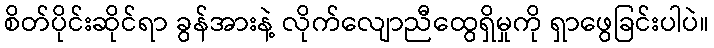
စိတ်ပိုင်းဆိုင်ရာ ခွန်အားနဲ့ လိုက်လျောညီထွေရှိမှုကို ရှာဖွေခြင်းပါပဲ။